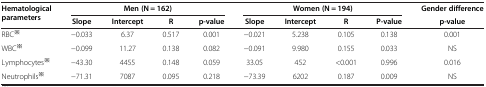
<table><thead><tr><td rowspan="2"><b>Hematological parameters</b></td><td colspan="4"><b>Men (N = 162)</b></td><td colspan="4"><b>Women (N = 194)</b></td><td><b>Gender difference</b></td></tr><tr><td><b>Slope</b></td><td><b>Intercept</b></td><td><b>R</b></td><td><b>p-value</b></td><td><b>Slope</b></td><td><b>Intercept</b></td><td><b>R</b></td><td><b>P-value</b></td><td><b>p-value</b></td></tr></thead><tbody><tr><td>RBC<sup>※</sup></td><td>−0.033</td><td>6.37</td><td>0.517</td><td>0.001</td><td>−0.021</td><td>5.238</td><td>0.105</td><td>0.138</td><td>0.001</td></tr><tr><td>WBC<sup>※</sup></td><td>−0.099</td><td>11.27</td><td>0.138</td><td>0.082</td><td>−0.091</td><td>9.980</td><td>0.155</td><td>0.033</td><td>NS</td></tr><tr><td>Lymphocytes<sup>※</sup></td><td>−43.30</td><td>4455</td><td>0.148</td><td>0.059</td><td>33.05</td><td>452</td><td>&lt;0.001</td><td>0.996</td><td>0.016</td></tr><tr><td>Neutrophils<sup>※</sup></td><td>−71.31</td><td>7087</td><td>0.095</td><td>0.218</td><td>−73.39</td><td>6202</td><td>0.187</td><td>0.009</td><td>NS</td></tr></tbody></table>